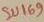
Text: SU169